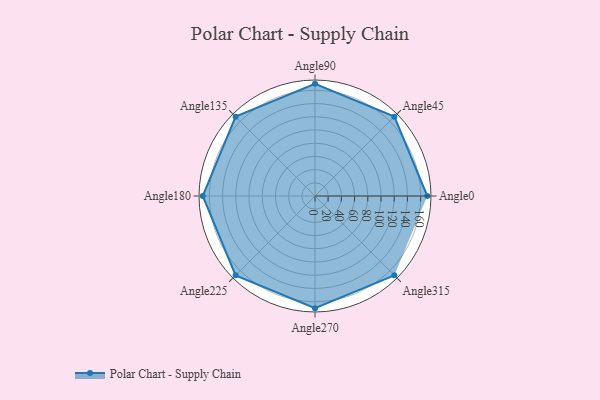
{"axis": {"x": "Angle", "y": "Radius"}, "legend": [""], "data": [{"x": "Angle0", "y": 170, "type": ""}, {"x": "Angle45", "y": 170, "type": ""}, {"x": "Angle90", "y": 170, "type": ""}, {"x": "Angle135", "y": 170, "type": ""}, {"x": "Angle180", "y": 170, "type": ""}, {"x": "Angle225", "y": 170, "type": ""}, {"x": "Angle270", "y": 170, "type": ""}, {"x": "Angle315", "y": 170, "type": ""}]}